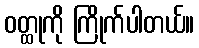
ဝတ္ထုကို ကြိုက်ပါတယ်။